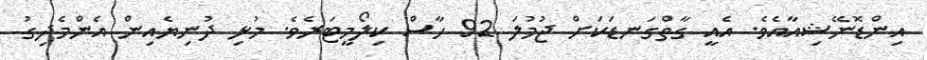
އިންޑޮނޭޝިއާއެވެ. އެއީ ގާތްގަނޑަކަށް ޖުމުލަ 92 ހާސް ކިލޯމީޓަރެވެ. މުޅި ދުނިޔެއިން އެންމެދިގު